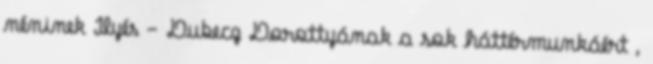
néninek Ilyés - Dubecz Dorottyának a sok háttérmunkáért ,